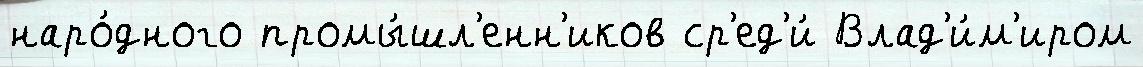
наро́дного промы́шл'енн'иков ср'ед'и́ Влад'и́м'иром